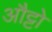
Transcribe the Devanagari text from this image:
औट्टो